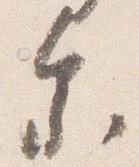
参